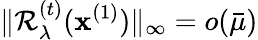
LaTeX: \| \mathcal{R}_{\lambda}^{(t)}(\mathbf{x}^{(1)})\| _{\infty}=o(\bar{\mu})